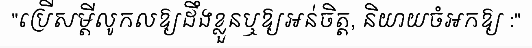
"ប្រើសម្តីលូកលឱ្យដឹងខ្លួនឬឱ្យអន់ចិត្ត, និយាយចំអកឱ្យ :"